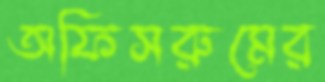
অফিসরুমের